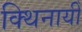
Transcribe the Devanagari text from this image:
क्थिनायीँ